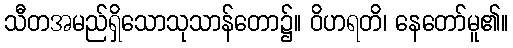
သီတအမည်ရှိသောသုသာန်တော၌။ ဝိဟရတိ၊ နေတော်မူ၏။